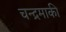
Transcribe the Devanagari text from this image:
चन्द्रमाकी